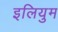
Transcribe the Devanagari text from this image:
इलियुम